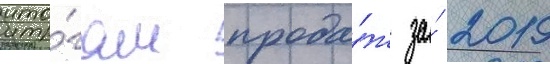
ито́гам прода́ж за́ 2019